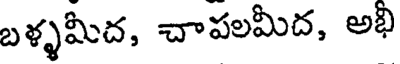
బళ్ళమీద, చాపలమీద, అభి